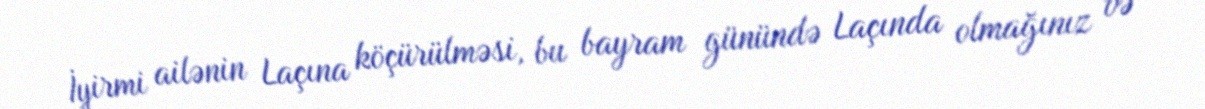
İyirmi ailənin Laçına köçürülməsi, bu bayram günündə Laçında olmağınız və